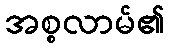
အစ္စလာမ်၏